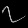
Digit: ၇